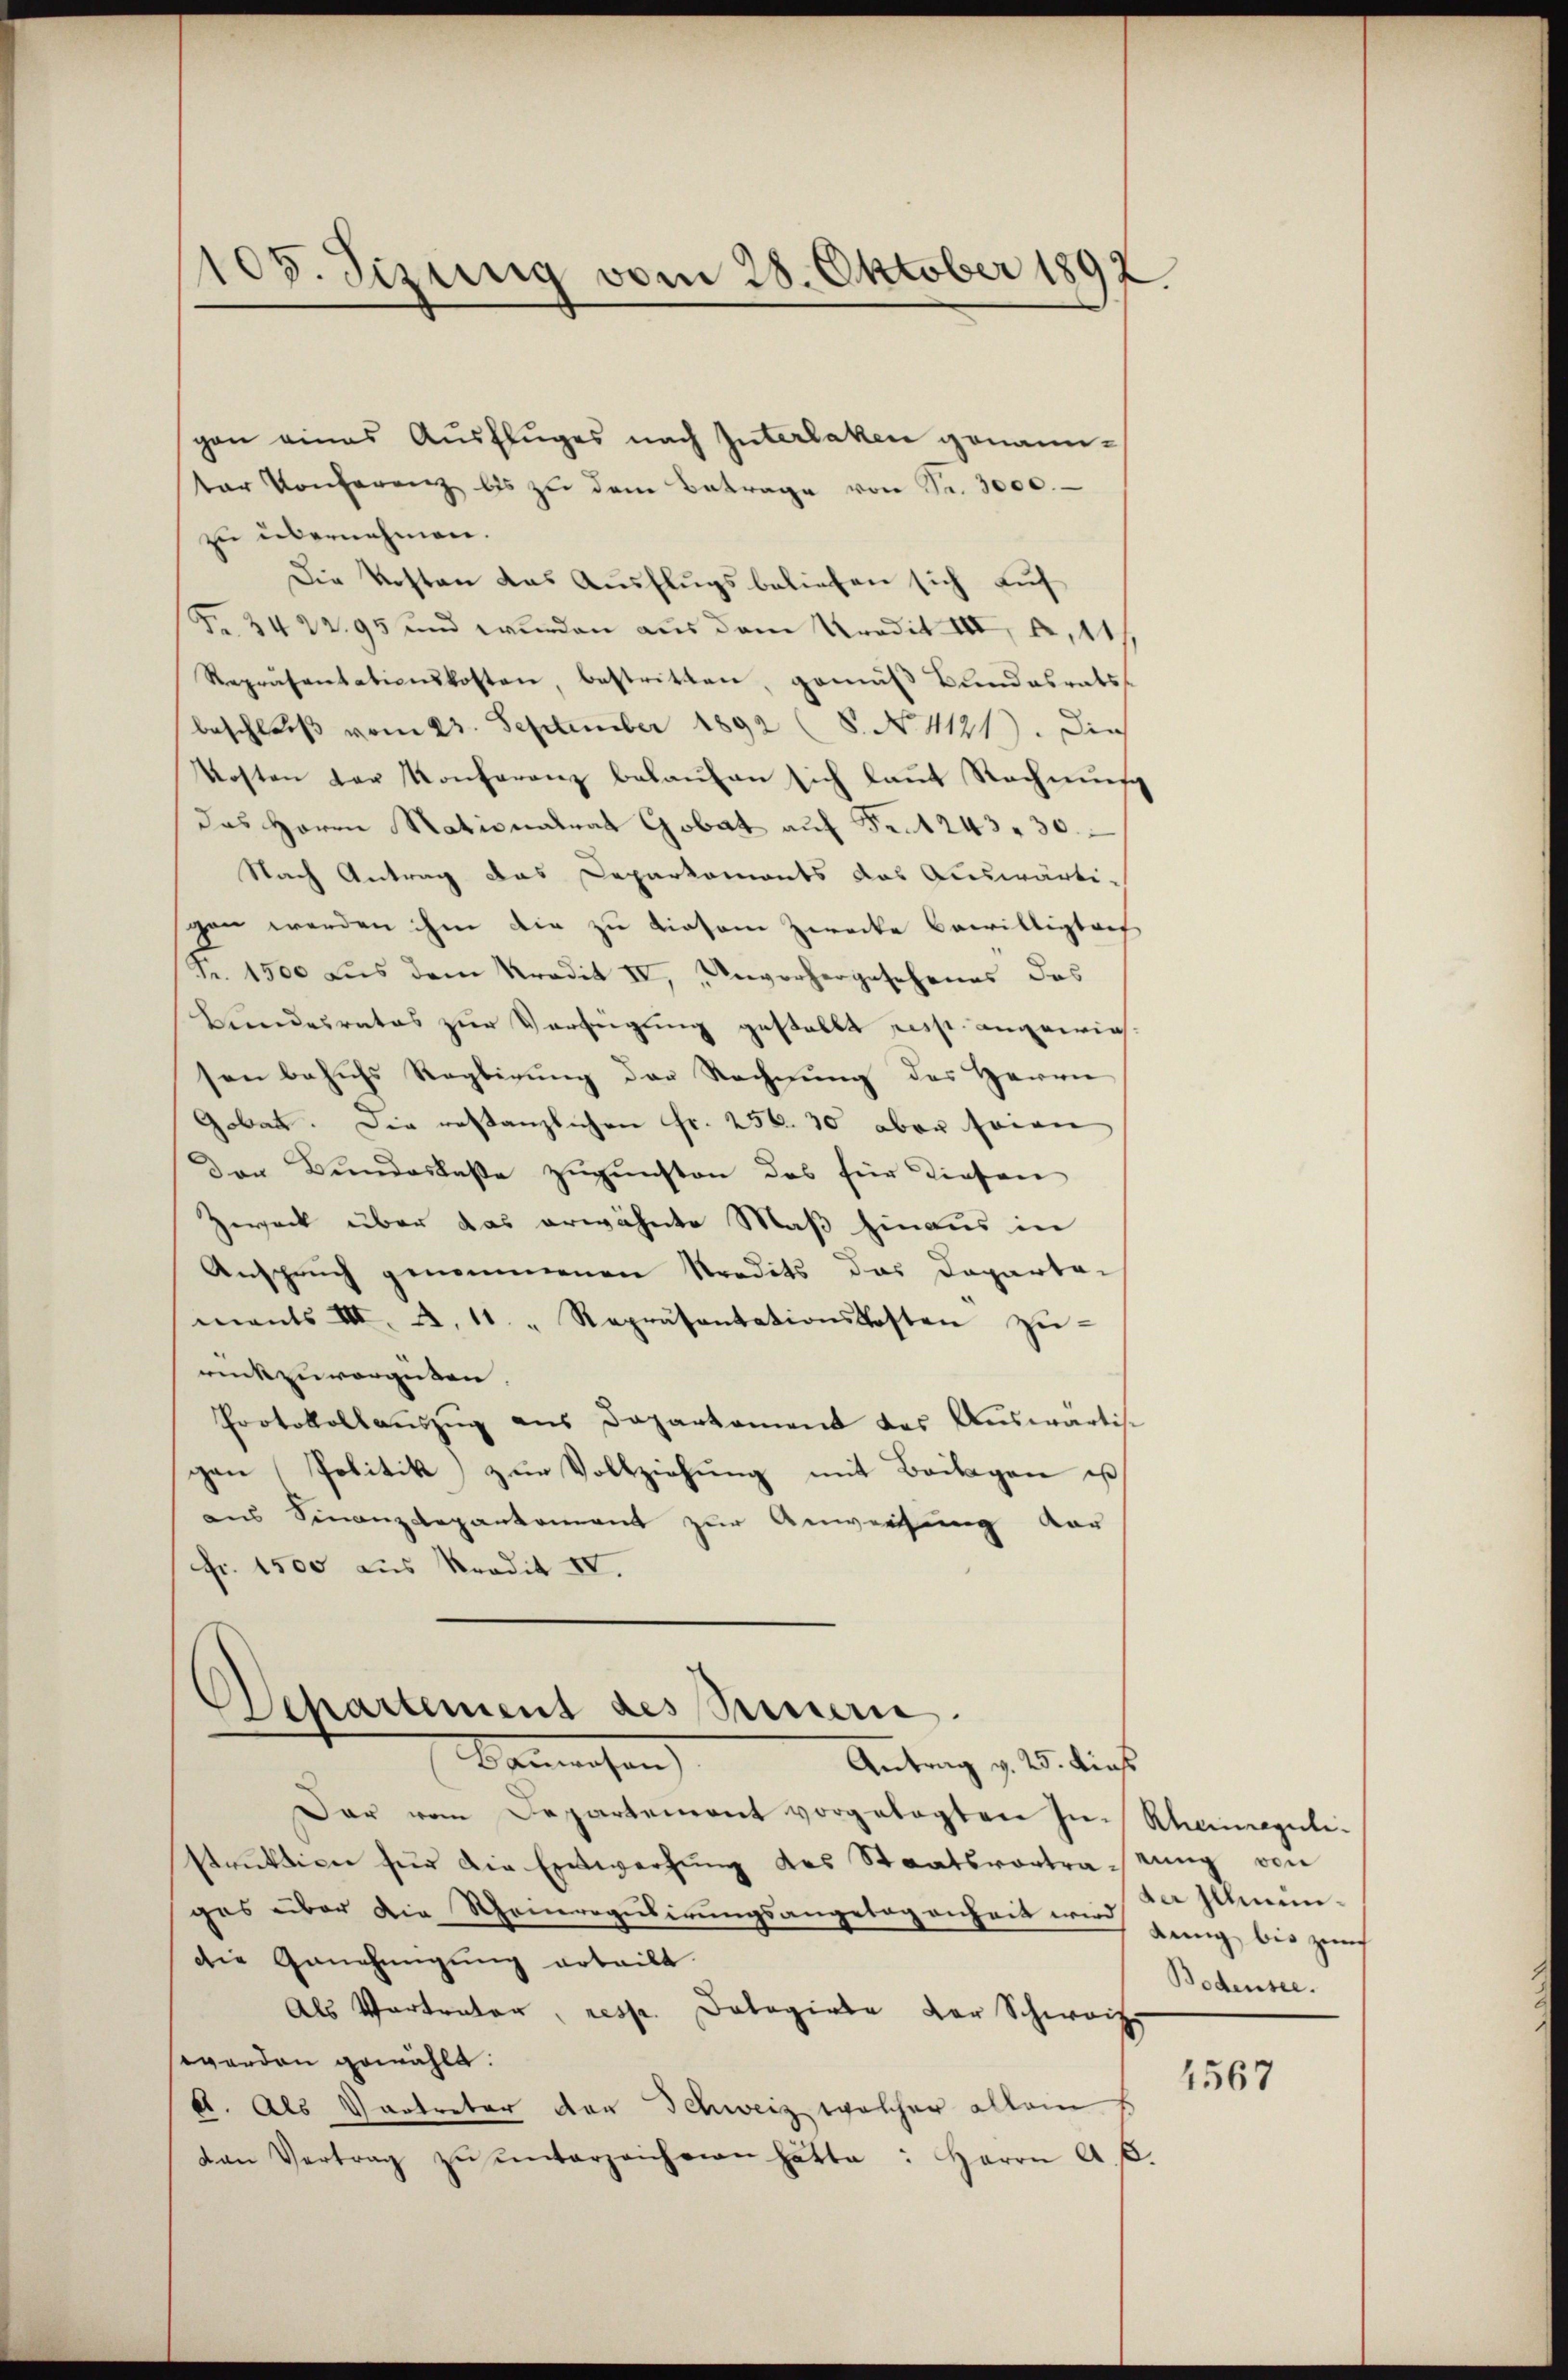
105. Sizung vom 28. Oktober 1892.

gen eines Ausfluges nach Interlaken genannter Konferenz bis zŭ dem Betrage von Sr. 3000.
zu übernehmen.
Die Kosten das Ausflugsbeliefen sich auf
Fr. 3422. 95 und wurden aus dem Kredit III, 2, 11/
Repräsentationskosten, bestritten, gemäβ Bŭndesrats-
beschluß vom 23. September 1892 (8. No 1121). Die
Kosten der Konferenz belaŭfen sich laut Rechnung
das Herrn Nationalrat Gobat auf Fr. 1243. 30.
Nach Antrag das Deparkoments das Auswärti-
gen werden ihm die zu diesem Zwecke bewilligten
Fr. 1500 aus dem Kredit IV, Unvorhergesehenes das
Bundesrates zur Verfügung gestallt resp. angewiessen behufs Reglirung der Rechnung des Herrn
Gobat. Die restanzlichen Fr. 256. 30 aber seien
Der Bundeskasse zugunsten das für diesen
Zweck über das erwähnte Maß hinaus in
Anspruch genommenen Kredits das Daparta-
mants III. A. 11. " Repräsentationskosten zŭ-
rückzuvergüten.
Protokollaŭszŭg ans Departament das Auswärti-
gen Politik zur Vollziehung mit Beilagen ist
aus Finanzdepartement zur Anweisung dar
Fr. 1500 aus Kredit IV.

Separtement des Seineri.
Bauwesen
Antrag v. 25. dies

Dar vom Departemont vorgelegten In- Rhauregulistrŭktion für die Entwerfung des Staatsvortragung von
ges über die Heinregulirungsangelegenheit auch jung bis zur
die Genehmigung erteilt.
Als Vertrator, resp. Bologirte der Schweiz.
werden gewählt:
b. Als Vertreter den Schweiz welcher allein E
van Vertrag zŭ ŭnterzeichnen hätte: Herrn A. C.

der Illmin¬
Bodensee.

4567